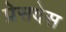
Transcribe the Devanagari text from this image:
प्रेसदेस